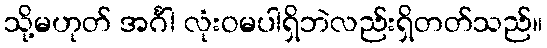
သို့မဟုတ် အင်္ဂါ လုံးဝမပါရှိဘဲလည်းရှိတတ်သည်။